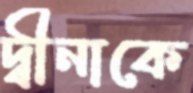
দ্বীনাকে